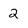
Character: 2